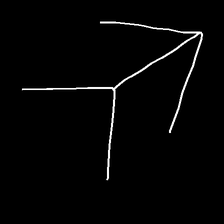
Glyph: gather